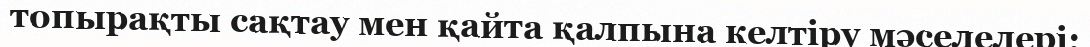
топырақты сақтау мен қайта қалпына келтіру мәселелері;